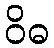
ဝိဓ